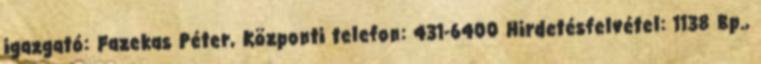
igazgató: Fazekas Péter, Központi telefon: 431-6400 Hirdetésfelvétel: 1138 Bp.,